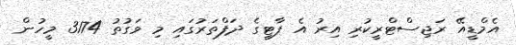
އެމްޑީއޭ ރަޖިސްޓްރީކުރި އިރު އެ ޕާޓީގެ ދަފްތަރުގައި މި ވަގުތު 3174 މީހުން